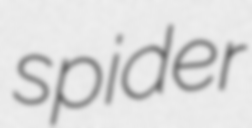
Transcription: spider